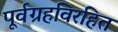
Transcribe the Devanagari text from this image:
पूर्वग्रहविरहित